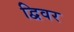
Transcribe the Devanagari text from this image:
द्विवर